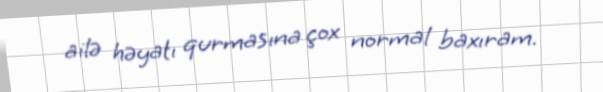
ailə həyatı qurmasına çox normal baxıram.